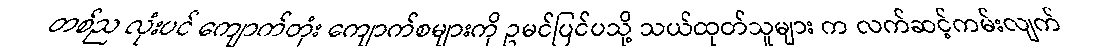
တစ်ည လုံးပင် ကျောက်တုံး ကျောက်စများကို ဥမင်ပြင်ပသို့ သယ်ထုတ်သူများ က လက်ဆင့်ကမ်းလျက်